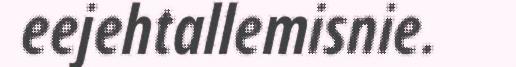
eejehtallemisnie.